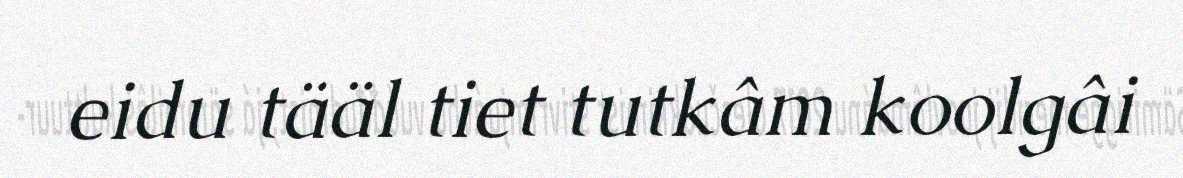
eidu tääl tiet tutkâm koolgâi